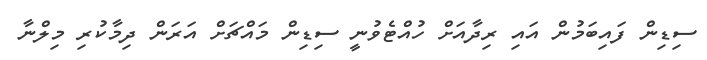
ސިޑިން ފައިބަމުން އައި ރިދާއަށް ހުއްޓެވުނީ ސިޑިން މައްޗަށް އަރަން ދިމާކުރި މިލްނާ